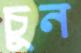
চুন